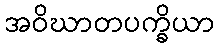
အဝိဃာတပက္ခိယာ